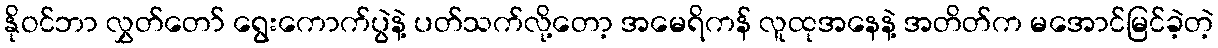
နိုဝင်ဘာ လွှတ်တော် ရွေးကောက်ပွဲနဲ့ ပတ်သက်လို့တော့ အမေရိကန် လူထုအနေနဲ့ အတိတ်က မအောင်မြင်ခဲ့တဲ့